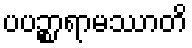
ပပဉ္စာရာမဿာတိ